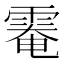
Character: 𩃗